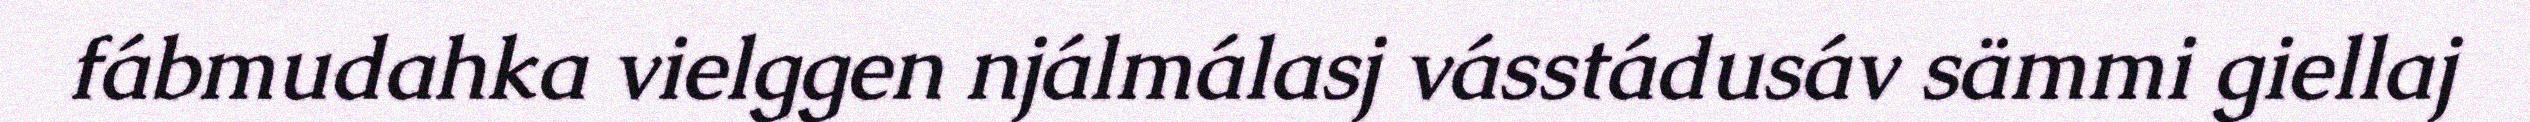
fábmudahka vielggen njálmálasj vásstádusáv sämmi giellaj